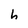
Character: h